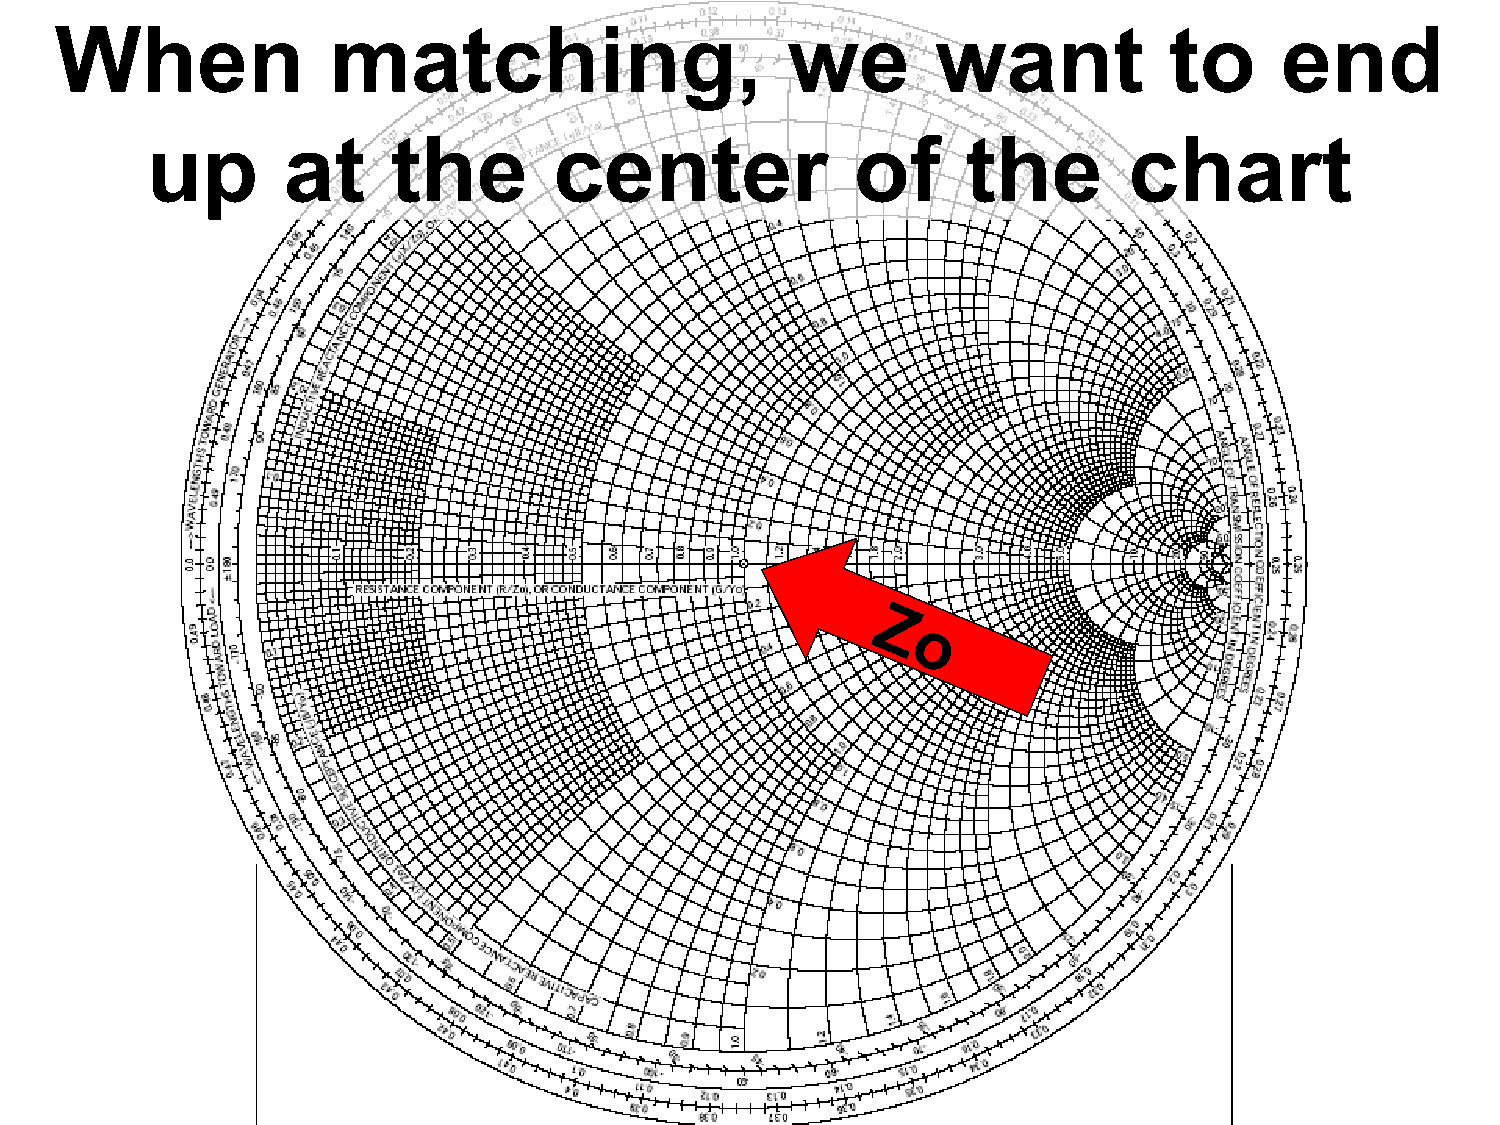
When              matching,                     we        want           to      end
 The          Smith             Chart
 up       at     the        center              of     the        chart
 Z
 o